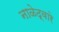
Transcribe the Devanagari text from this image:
नाळेद्वारे